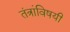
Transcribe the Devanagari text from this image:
तंत्रांविषयी